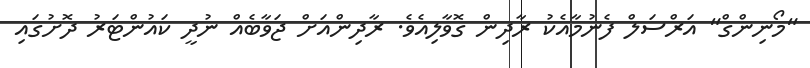
"މޯނިންގް" އަރްސަލް ފެނުމާއެކު ރާދިން ގޮވާލިއެވެ. ރާދިންއަށް ޖަވާބެއް ނުދީ ކައުންޓަރު ދޮށުގައި